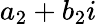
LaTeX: a_{2}+b_{2}i